Insane asylums in Bengal annual reports 1876-1887 - 1876-1887
Year: 1876
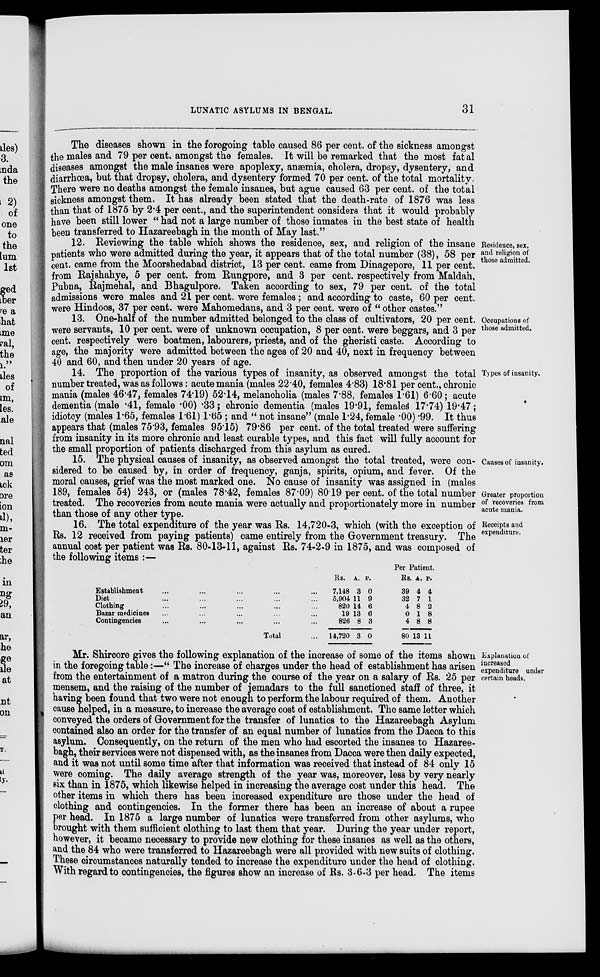
LUNATIC ASYLUMS IN BENGAL.
31
The diseases shown in the foregoing table caused 86 per cent. of the sickness amongst
the males and 79 per cent. amongst the females. It will be remarked that the most fatal
diseases amongst the male insanes were apoplexy, anæmia, cholera, dropsy, dysentery, and
diarrhœa, but that dropsy, cholera, and dysentery formed 70 per cent. of the total mortality.
There were no deaths amongst the female insanes, but ague caused 63 per cent. of the total
sickness amongst them. It has already been stated that the death-rate of 1876 was less
than that of 1875 by 2.4 per cent., and the superintendent considers that it would probably
have been still lower “ had not a large number of those inmates in the best state of health
been transferred to Hazareebagh in the month of May last.”
Residence, sex,
and religion of
those admitted.
12. Reviewing the table which shows the residence, sex, and religion of the insane
patients who were admitted during the year, it appears that of the total number (38), 58 per
cent. came from the Moorshedabad district, 13 per cent. came from Dinagepore, 11 per cent.
from Rajshahye, 5 per cent. from Rungpore, and 3 per cent. respectively from Maldah,
Pubna, Rajmehal, and Bhagulpore. Taken according to sex, 79 per cent. of the total
admissions were males and 21 per cent. were females ; and according to caste, 60 per cent.
were Hindoos, 37 per cent. were Mahomedans, and 3 per cent. were of “ other castes.”
Occupations of
those admitted.
13. One-half of the number admitted belonged to the class of cultivators, 20 per cent.
were servants, 10 per cent. were of unknown occupation, 8 per cent. were beggars, and 3 per
cent. respectively were boatmen, labourers, priests, and of the gheristi caste. According to
age, the majority were admitted between the ages of 20 and 40, next in frequency between
40 and 60, and then under 20 years of age.
Types of insanity.
14. The proportion of the various types of insanity, as observed amongst the total
number treated, was as follows: acute mania (males 22.40, females 4.83) 18.81 per cent., chronic
mania (males 46.47, females 74.19) 52.14, melancholia (males 7.88, females 1.61) 6.60; acute
dementia (male .41, female .00) .33; chronic dementia (males 19.91, females 17.74) 19.47;
idiotcy (males 1.65, females 1.61) 1.65 ; and “ not insane” (male 1.24, female .00) .99. It thus
appears that (males 75.93, females 95.15) 79.86 per cent. of the total treated were suffering
from insanity in its more chronic and least curable types, and this fact will fully account for
the small proportion of patients discharged from this asylum as cured.
Causes of insanity.
Greater proportion
of recoveries from
acute mania.
15. The physical causes of insanity, as observed amongst the total treated, were con-
sidered to be caused by, in order of frequency, ganja, spirits, opium, and fever. Of the
moral causes, grief was the most marked one. No cause of insanity was assigned in (males
189, females 54) 243, or (males 78.42, females 87.09) 80.19 per cent. of the total number
treated. The recoveries from acute mania were actually and proportionately more in number
than those of any other type.
Receipts and
expenditure.
16. The total expenditure of the year was Rs. 14,720-3, which (with the exception of
Rs. 12 received from paying patients) came entirely from the Government treasury. The
annual cost per patient was Rs. 80-13-11, against Rs. 74-2-9 in 1875, and was composed of
the following items :—
Establishment ... ... ... ... ...
Diet ... ... ... ... ...
Clothing ... ... ... ... ...
Bazar medicines ... ... ... ... ...
Contingencies ... ... ... ... ...
Total ...
Rs.
7,148
5,904
820
19
826
14,720
A.
3
11
14
13
8
3
P.
0
9
6
6
3
0
Per Patient.
Rs.
39
32
4
0
4
80
A.
4
7
8
1
8
13
P.
4
1
2
8
8
11
Explanation of
increased
expenditure under
certain heads.
Mr. Shircore gives the following explanation of the increase of some of the items shown
in the foregoing table:—“ The increase of charges under the head of establishment has arisen
from the entertainment of a matron during the course of the year on a salary of Rs. 25 per
mensem, and the raising of the number of jemadars to the full sanctioned staff of three, it
having been found that two were not enough to perform the labour required of them. Another
cause helped, in a measure, to increase the average cost of establishment. The same letter which
conveyed the orders of Government for the transfer of lunatics to the Hazareebagh Asylum
contained also an order for the transfer of an equal number of lunatics from the Dacca to this
asylum. Consequently, on the return of the men who had escorted the insanes to Hazaree-
bagh, their services were not dispensed with, as the insanes from Dacca were then daily expected,
and it was not until some time after that information was received that instead of 84 only 15
were coming. The daily average strength of the year was, moreover, less by very nearly
six than in 1875, which likewise helped in increasing the average cost under this head. The
other items in which there has been increased expenditure are those under the head of
clothing and contingencies. In the former there has been an increase of about a rupee
per head. In 1875 a large number of lunatics were transferred from other asylums, who
brought with them sufficient clothing to last them that year. During the year under report,
however, it became necessary to provide new clothing for these insanes as well as the others,
and the 84 who were transferred to Hazareebagh were all provided with new suits of clothing.
These circumstances naturally tended to increase the expenditure under the head of clothing.
With regard to contingencies, the figures show an increase of Rs. 3-6-3 per head. The items